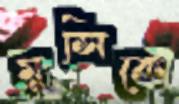
মুন্সিকে